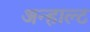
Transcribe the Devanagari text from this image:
अन्हाल्ट